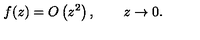
f ( z ) = O \left( z ^ { 2 } \right) , \qquad z \to 0 .